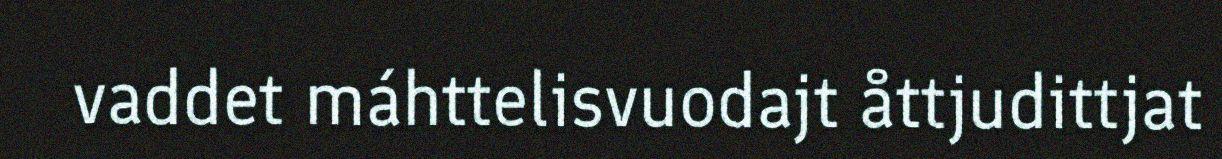
vaddet máhttelisvuodajt åttjudittjat